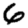
Digit: 6